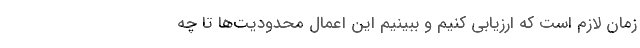
زمان لازم است که ارزیابی کنیم و ببینیم این اعمال محدودیت‌ها تا چه